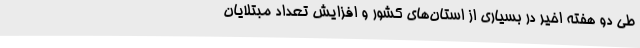
طی دو هفته اخیر در بسیاری از استان‌های کشور و افزایش تعداد مبتلایان